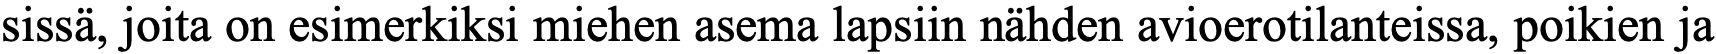
sissä, joita on esimerkiksi miehen asema lapsiin nähden avioerotilanteissa, poikien ja